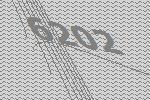
6202